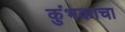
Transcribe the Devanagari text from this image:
कुंभकाचा